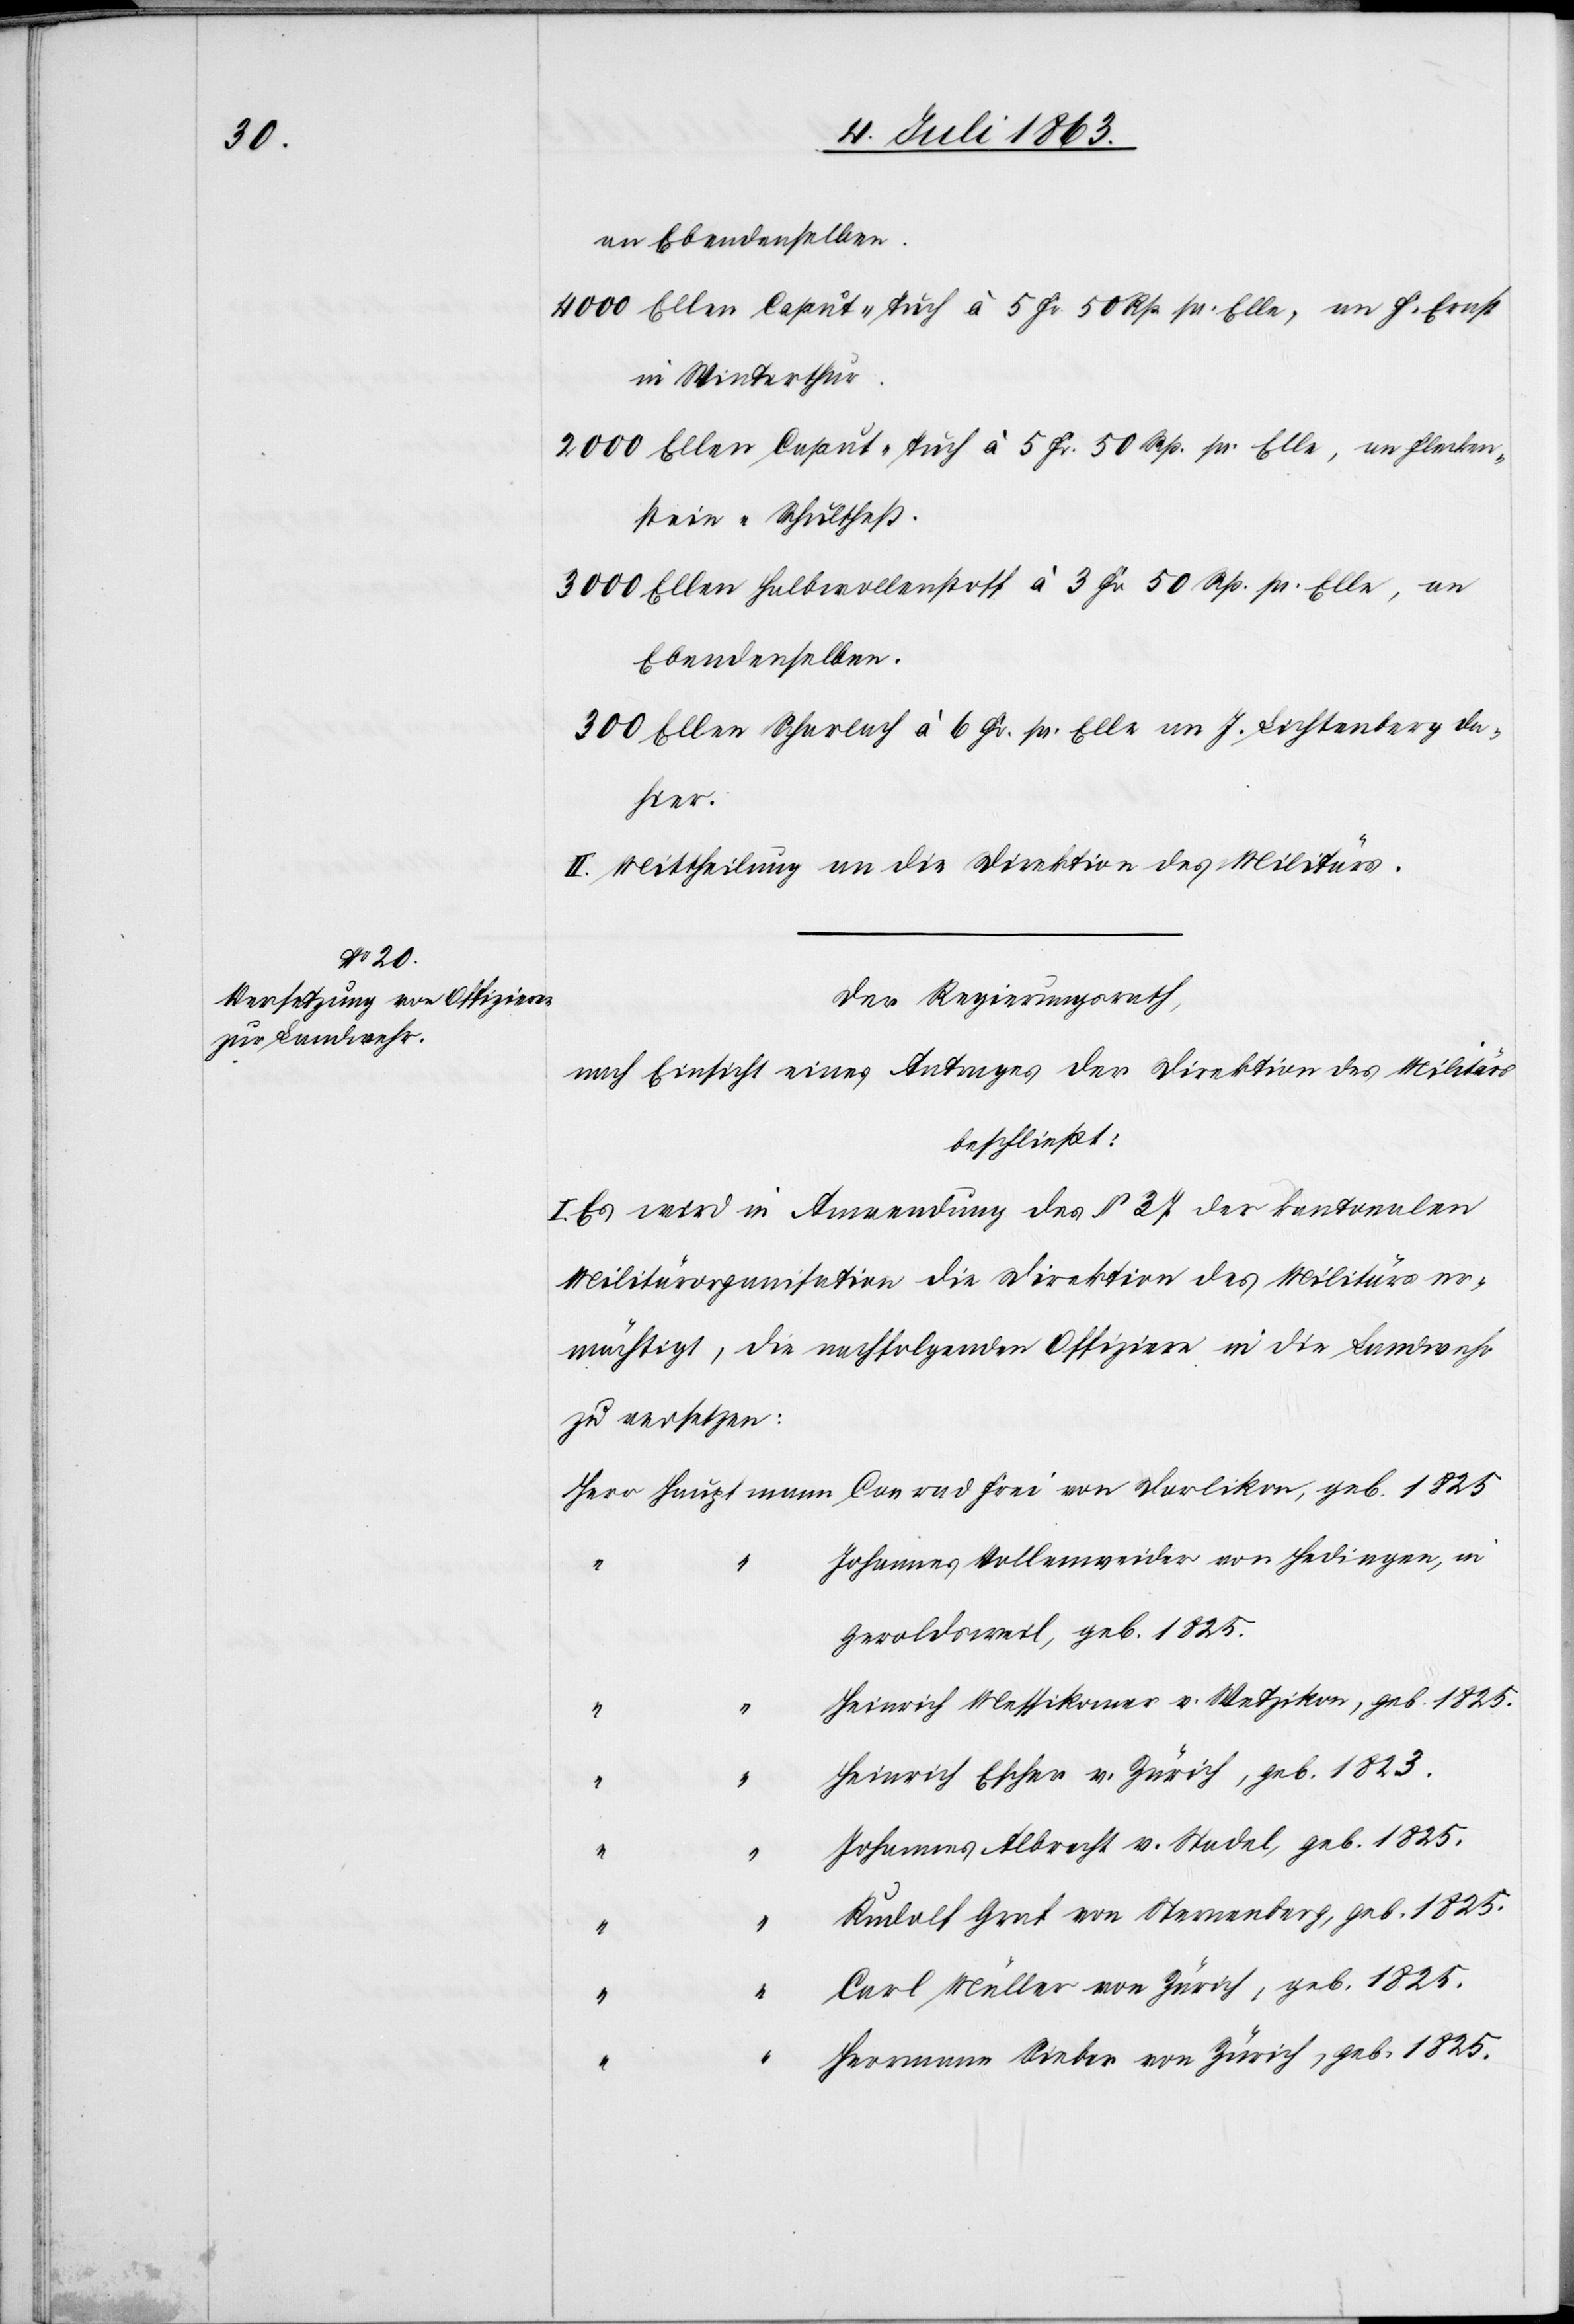
an Ebendenselben.
4000 Ellen Caput-Tuch à 5 Fr. 50 Rp. pr. Elle, an F. Ernst
in Winterthur.
2000 Ellen Caput-Tuch à 5 Fr. 50 Rp. pr. Elle, an Flecken¬
stein-Schultheß.
3000 Ellen Halbwollenstoff à 3 Fr. 50 Rp. pr. Elle, an
Ebendenselben.
300 Ellen Scharlach à 6 Fr. pr. Elle an J. Lichtenberg da¬
geb.
II. Mittheilung an die Direktion des Militärs.
Der Regierungsrath,
nach Einsicht eines Antrages der Direktion des Militärs
beschließt:
I. Es wird in Anwendung des § 37 der kantonalen
Militärorganisation die Direktion des Militärs er¬
mächtigt, die nachfolgenden Offiziere in die Landwehr
zu versetzen:
Johannes Vollenweider von Hedingen, in
Geroldsweil, geb. 1825.
Heinrich Messikomer v. Wetzikon, geb. 1825.
“
Heinrich Escher v. Zürich, geb. 1823.
“
“
Johannes Albrecht v. Stadel, geb. 1825.
“
“
Rudolf Graf von Sternenberg, geb. 1825.
“
Carl Müller von Zürich, geb. 1825.
“
Herrmann Sieber von Zürich, geb. 1825.